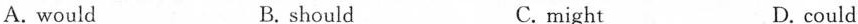
A. would B. should C. might D. could